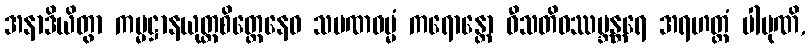
အနာဒိယိတွာ ကမ္မဋ္ဌာနယုတ္တစိတ္တေနေဝ သမဏဓမ္မံ ကရောန္တော ဝီသတိဝဿဗ္ဘန္တရေ အရဟတ္တံ ပါပုဏိ,